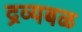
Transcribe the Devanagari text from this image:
द्रव्यबळ